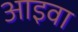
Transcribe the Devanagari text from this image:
आइवा